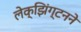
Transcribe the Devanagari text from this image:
लेक्झिंग्टनने